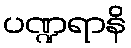
ပဏ္ဍရာနိ